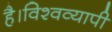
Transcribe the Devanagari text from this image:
है।विश्वव्यापी